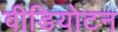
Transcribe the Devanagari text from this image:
वीडियोटन